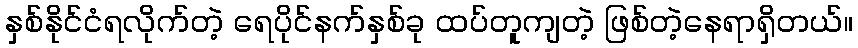
နှစ်နိုင်ငံရလိုက်တဲ့ ရေပိုင်နက်နှစ်ခု ထပ်တူကျတဲ့ ဖြစ်တဲ့နေရာရှိတယ်။